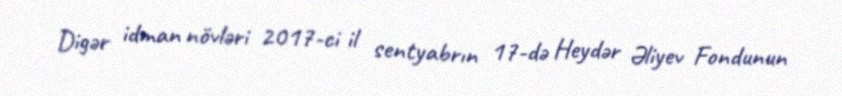
Digər idman növləri 2017-ci il sentyabrın 17-də Heydər Əliyev Fondunun